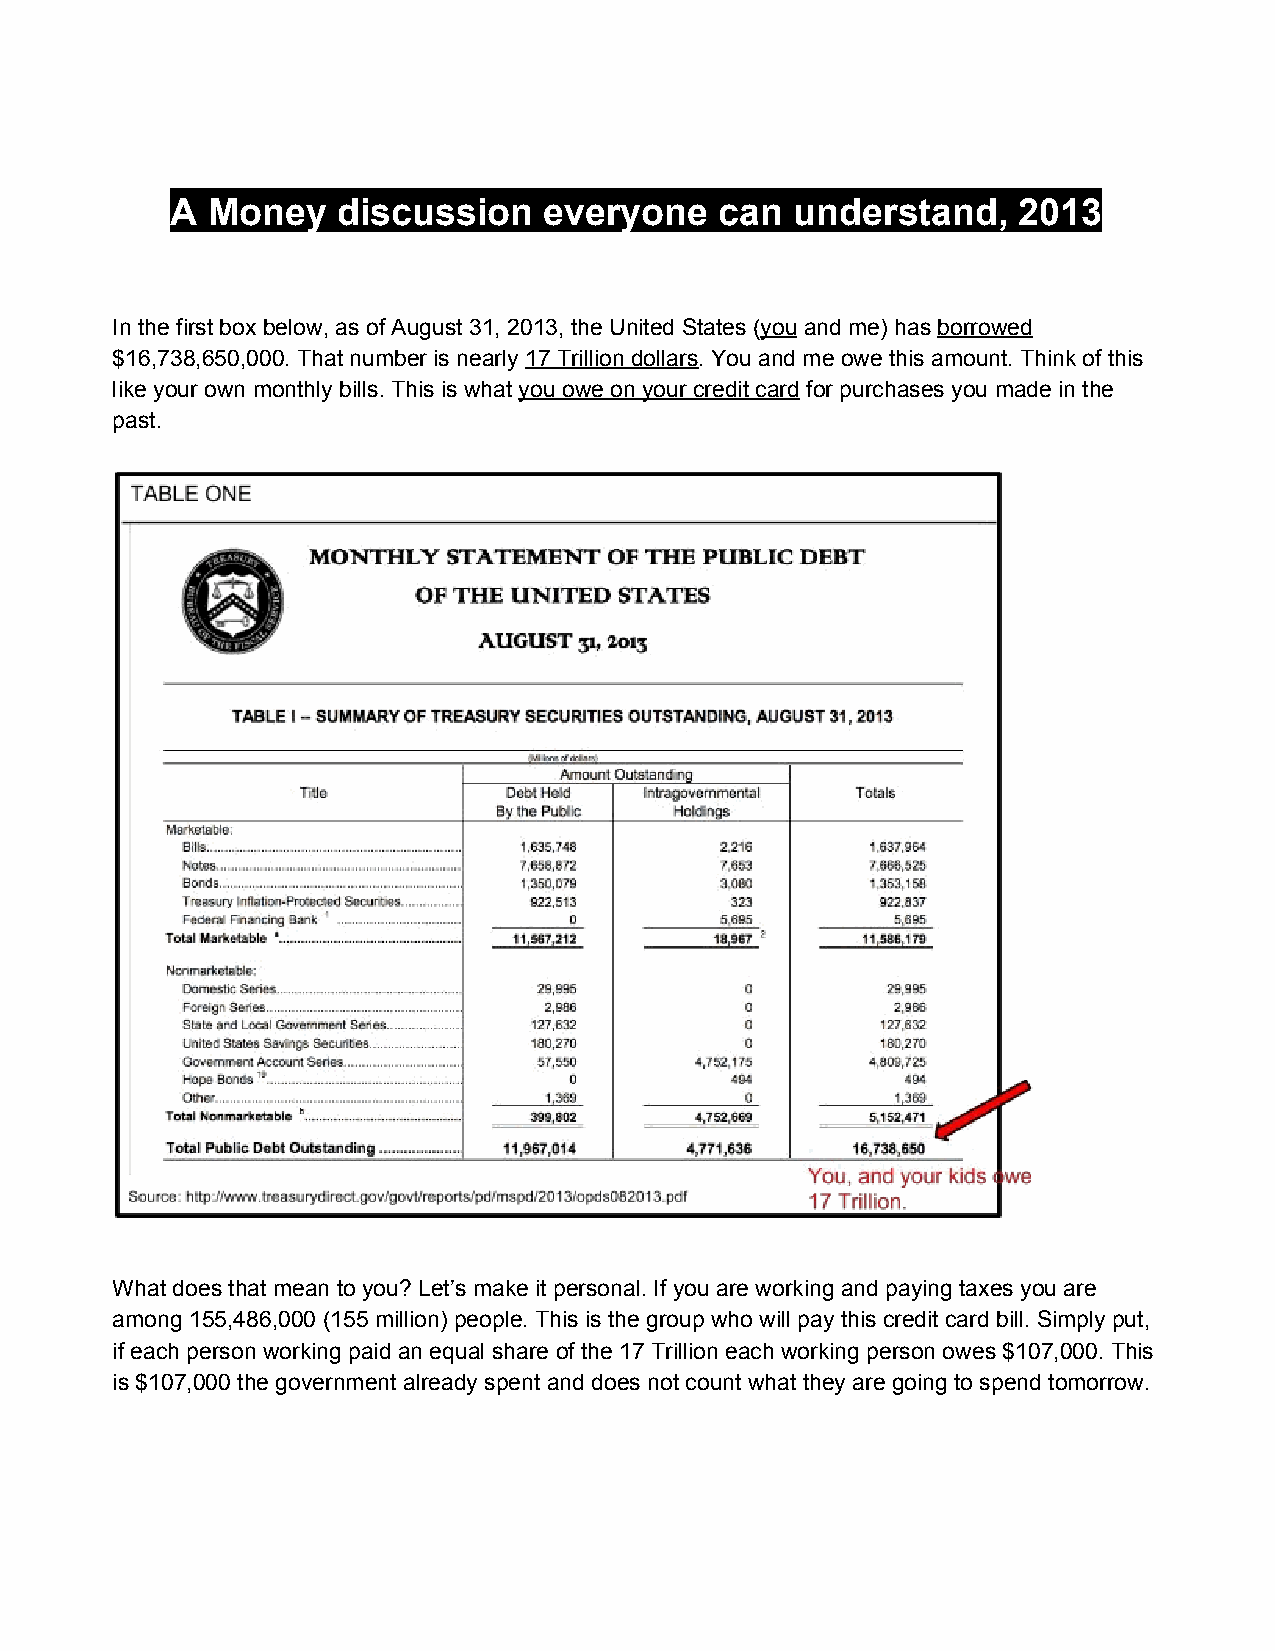
A  Money   discussion    everyone    can  understand,   2013
 In the first box below, as of August 31, 2013, the United States (you and me) has borrowed
 ​  ​        ​
 $16,738,650,000. That number is nearly 17 Trillion dollars. You and me owe this amount. Think of this
 ​          ​
 like your own monthly bills. This is what you owe on your credit card for purchases you made in the
 ​                  ​
 past.
 What does that mean to you? Let’s make it personal. If you are working and paying taxes you are
 among 155,486,000 (155 million) people. This is the group who will pay this credit card bill. Simply put,
 if each person working paid an equal share of the 17 Trillion each working person owes $107,000. This
 is $107,000 the government already spent and does not count what they are going to spend tomorrow.